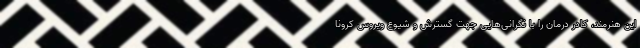
این هنرمند، کادر درمان را با نگرانی‌هایی جهت گسترش و شیوع ویروس کرونا